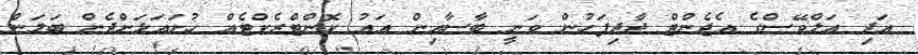
އަދި އަލްވޭސްގެ އެޖެންޓް ދާދިފަހުން ވަނީ ބާސާއިން އައު ކޮންޓްރެކްޓެއް ހުށައަޅަންދެން ބަލަން